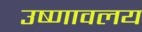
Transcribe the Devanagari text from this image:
उष्णावलय